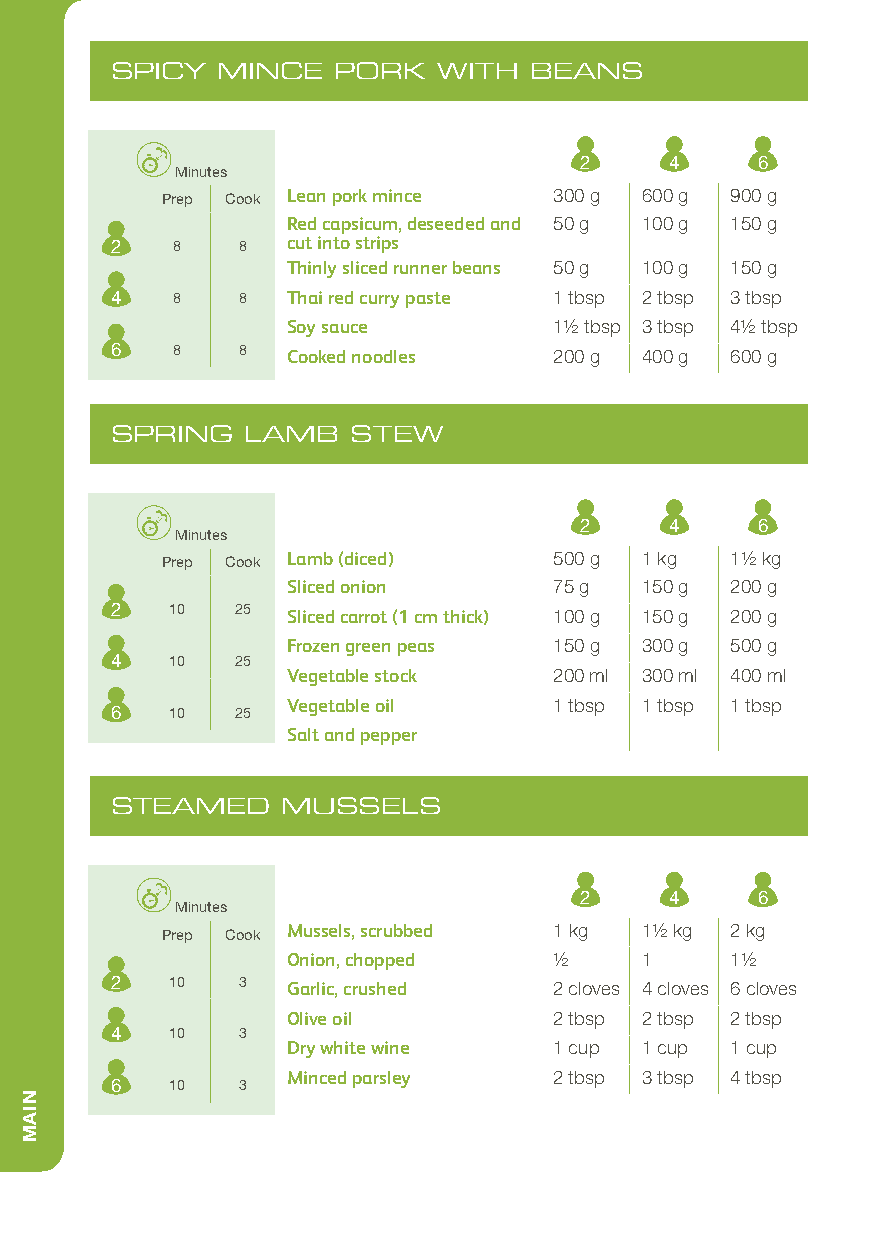
SPICY  MINCE   PORK   WITH  BEANS
 2     4     6
 Minutes
 Prep Cook Lean pork mince 300 g 600 g 900 g
 Red capsicum, deseeded and 50 g 100 g 150 g
 2   8    8  cut into strips
 Thinly sliced runner beans 50 g 100 g 150 g
 4   8    8  Thai red curry paste 1 tbsp 2 tbsp 3 tbsp
 Soy sauce         11/2 tbsp 3 tbsp 41/2 tbsp
 6   8    8  Cooked noodles    200 g 400 g 600 g
 SPRING   LAMB   STEW
 2     4     6
 Minutes
 Prep Cook Lamb (diced)    500 g 1 kg 11/2 kg
 Sliced onion      75 g 150 g 200 g
 2   10   25 Sliced carrot (1 cm thick) 100 g 150 g 200 g
 Frozen green peas 150 g 300 g 500 g
 4   10   25
 Vegetable stock   200 ml 300 ml 400 ml
 Vegetable oil     1 tbsp 1 tbsp 1 tbsp
 6   10   25
 Salt and pepper
 STEAMED     MUSSELS
 2     4     6
 Minutes
 Prep Cook Mussels, scrubbed 1 kg 11/2 kg 2 kg
 Onion, chopped    1/2  1     11/2
 2   10   3  Garlic, crushed   2 cloves 4 cloves 6 cloves
 Olive oil         2 tbsp 2 tbsp 2 tbsp
 4   10   3
 Dry white wine    1 cup 1 cup 1 cup
 Minced parsley    2 tbsp 3 tbsp 4 tbsp
 6   10   3
 NIAM